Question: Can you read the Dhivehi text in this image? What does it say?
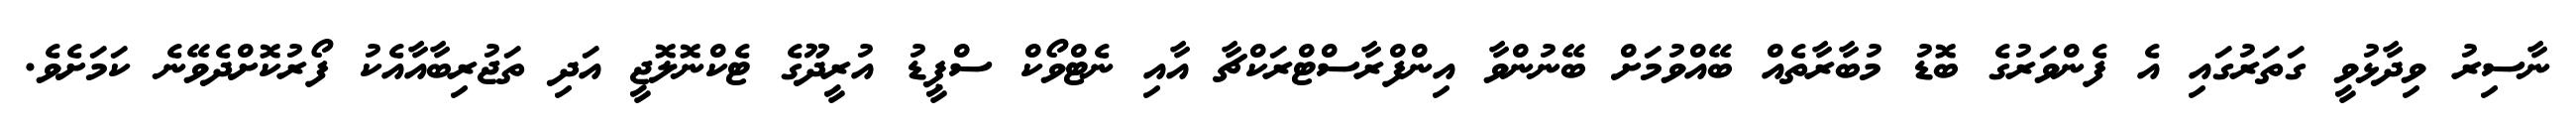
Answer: ނާސިރު ވިދާޅުވީ ގަތަރުގައި އެ ފެންވަރުގެ ބޮޑު މުބާރާތެއް ބޭއްވުމަށް ބޭނުންވާ އިންފްރާސްޓްރަކްޗާ އާއި ނެޓްވޯކް ސްޕީޑު އުރީދޫގެ ޓެކްނޮލޮޖީ އަދި ތަޖުރިބާއާއެކު ފޯރުކޮށްދެވޭނެ ކަމަށެވެ.